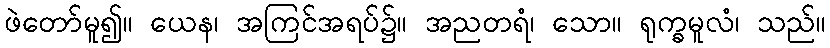
ဖဲတော်မူ၍။ ယေန၊ အကြင်အရပ်၌။ အညတရံ၊ သော။ ရုက္ခမူလံ၊ သည်။